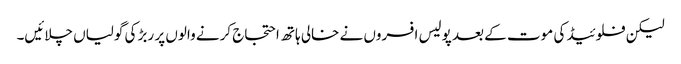
لیکن فلوئیڈ کی موت کے بعد پولیس افسروں نے خالی ہاتھ احتجاج کرنے والوں پر ربڑ کی گولیاں چلائیں۔